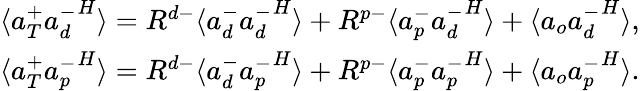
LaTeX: \begin{array}{r}{\langle{a}_{T}^{+}{{a}_{d}^{-}}^{H}\rangle=R^{d-}\langle{a}_{d}^{-}{{a}_{d}^{-}}^{H}\rangle+R^{p-}\langle{a}_{p}^{-}{{a}_{d}^{-}}^{H}\rangle+\langle{a}_{o}{{a}_{d}^{-}}^{H}\rangle,}\\ {\langle{a}_{T}^{+}{{a}_{p}^{-}}^{H}\rangle=R^{d-}\langle{a}_{d}^{-}{{a}_{p}^{-}}^{H}\rangle+R^{p-}\langle{a}_{p}^{-}{{a}_{p}^{-}}^{H}\rangle+\langle{a}_{o}{{a}_{p}^{-}}^{H}\rangle.}\end{array}